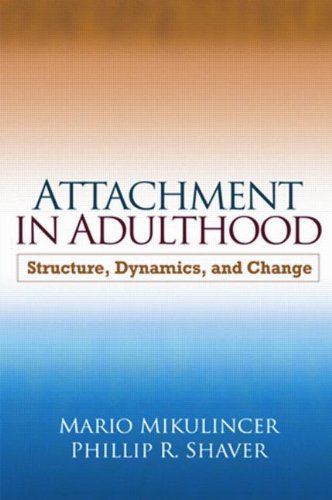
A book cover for Attachment in Adulthood: Structure, Dynamics, and Change; Mario Mikulincer PhD; Medical Books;